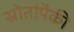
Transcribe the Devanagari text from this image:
स्रोतांपैकी